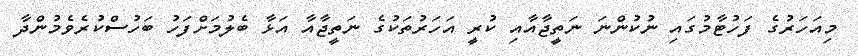
މިއަހަރުގެ ފަހުޓާމުގައި ނުކުންނަ ނަތީޖާއާއި ކުރީ އަހަރުތަކުގެ ނަތީޖާއާ އަޅާ ބެލުމަށްފަހު ބަހުސްކުރެވެމުންދާ